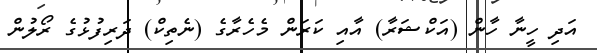
އަދި ހީނާ ހާން (އަކްޝަރާ) އާއި ކަރަން މެހެރާގެ (ނެތިކް) ދަރިފުޅުގެ ރޯލުން